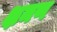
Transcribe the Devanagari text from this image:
क्षमण